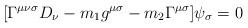
LaTeX: \begin{align*}[\Gamma^{\mu\nu\sigma}D_\nu - m_1 g^{\mu\sigma} - m_2 \Gamma^{\mu\sigma}] \psi_\sigma=0\end{align*}